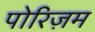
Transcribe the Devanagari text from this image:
पोरिज़म